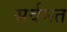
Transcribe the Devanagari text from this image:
सर्वमत